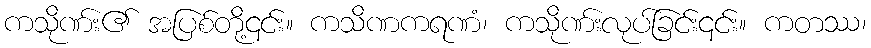
ကသိုဏ်း၏ အပြစ်တို့၎င်း။ ကသိဏကရဏံ၊ ကသိုဏ်းလုပ်ခြင်း၎င်း။ ကတဿ၊